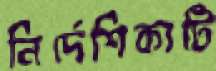
নির্দেশিকাটি